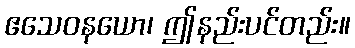
ဧသေဝနယော၊ ဤနည်းပင်တည်း။